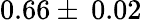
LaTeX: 0.66\pm\: 0.02